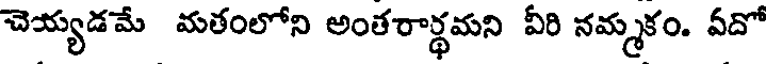
చెయ్యడమే మతంలోని అంతరార్థమని వీరి నమ్మకం. వదో